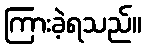
ကြားခဲ့ရသည်။